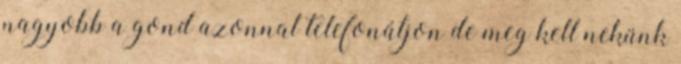
nagyobb a gond azonnal telefonáljon de meg kell nekünk